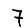
Digit: 7